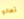
تعالو